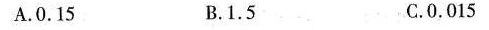
A. 0.15 B. 1.5 C.0.015